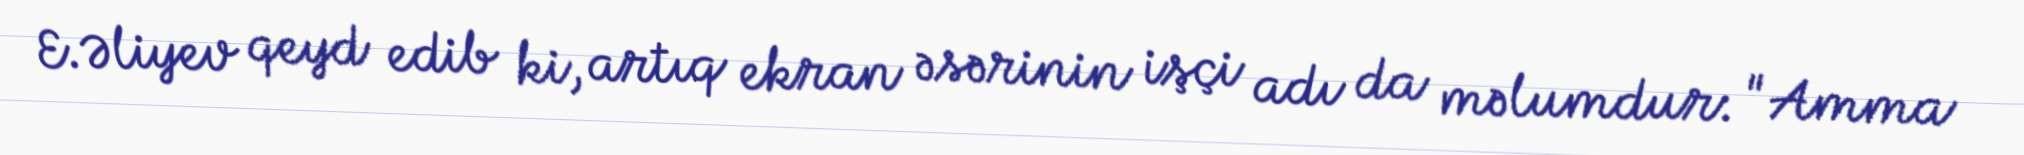
E.Əliyev qeyd edib ki, artıq ekran əsərinin işçi adı da məlumdur: "Amma